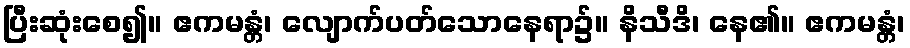
ပြီးဆုံးစေ၍။ ဧကမန္တံ၊ လျောက်ပတ်သောနေရာ၌။ နိသီဒိ၊ နေ၏။ ဧကမန္တံ၊